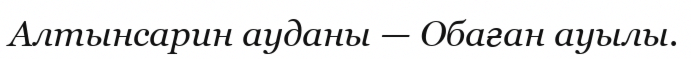
Алтынсарин ауданы — Обаған ауылы.